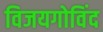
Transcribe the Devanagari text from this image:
विजयगोविंद